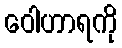
ဝေါဟာရကို